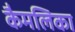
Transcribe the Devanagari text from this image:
कैमलिका